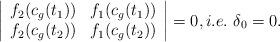
LaTeX: \begin{align*} \left| \begin{array}{cc} f_2(c_g(t_1)) & f_1(c_g(t_1))\\f_2(c_g(t_2)) & f_1(c_g(t_2))\end{array}\right|=0, i.e. \ \delta_0=0.\end{align*}